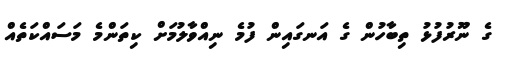
ގެ ނޫރުފުޅު ތިބާހުން ގެ އަނގައިން ފުމެ ނިއްވާލުމަށް ކިތަންމެ މަސައްކަތެއް